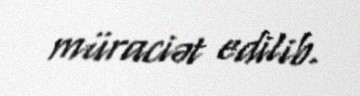
müraciət edilib.